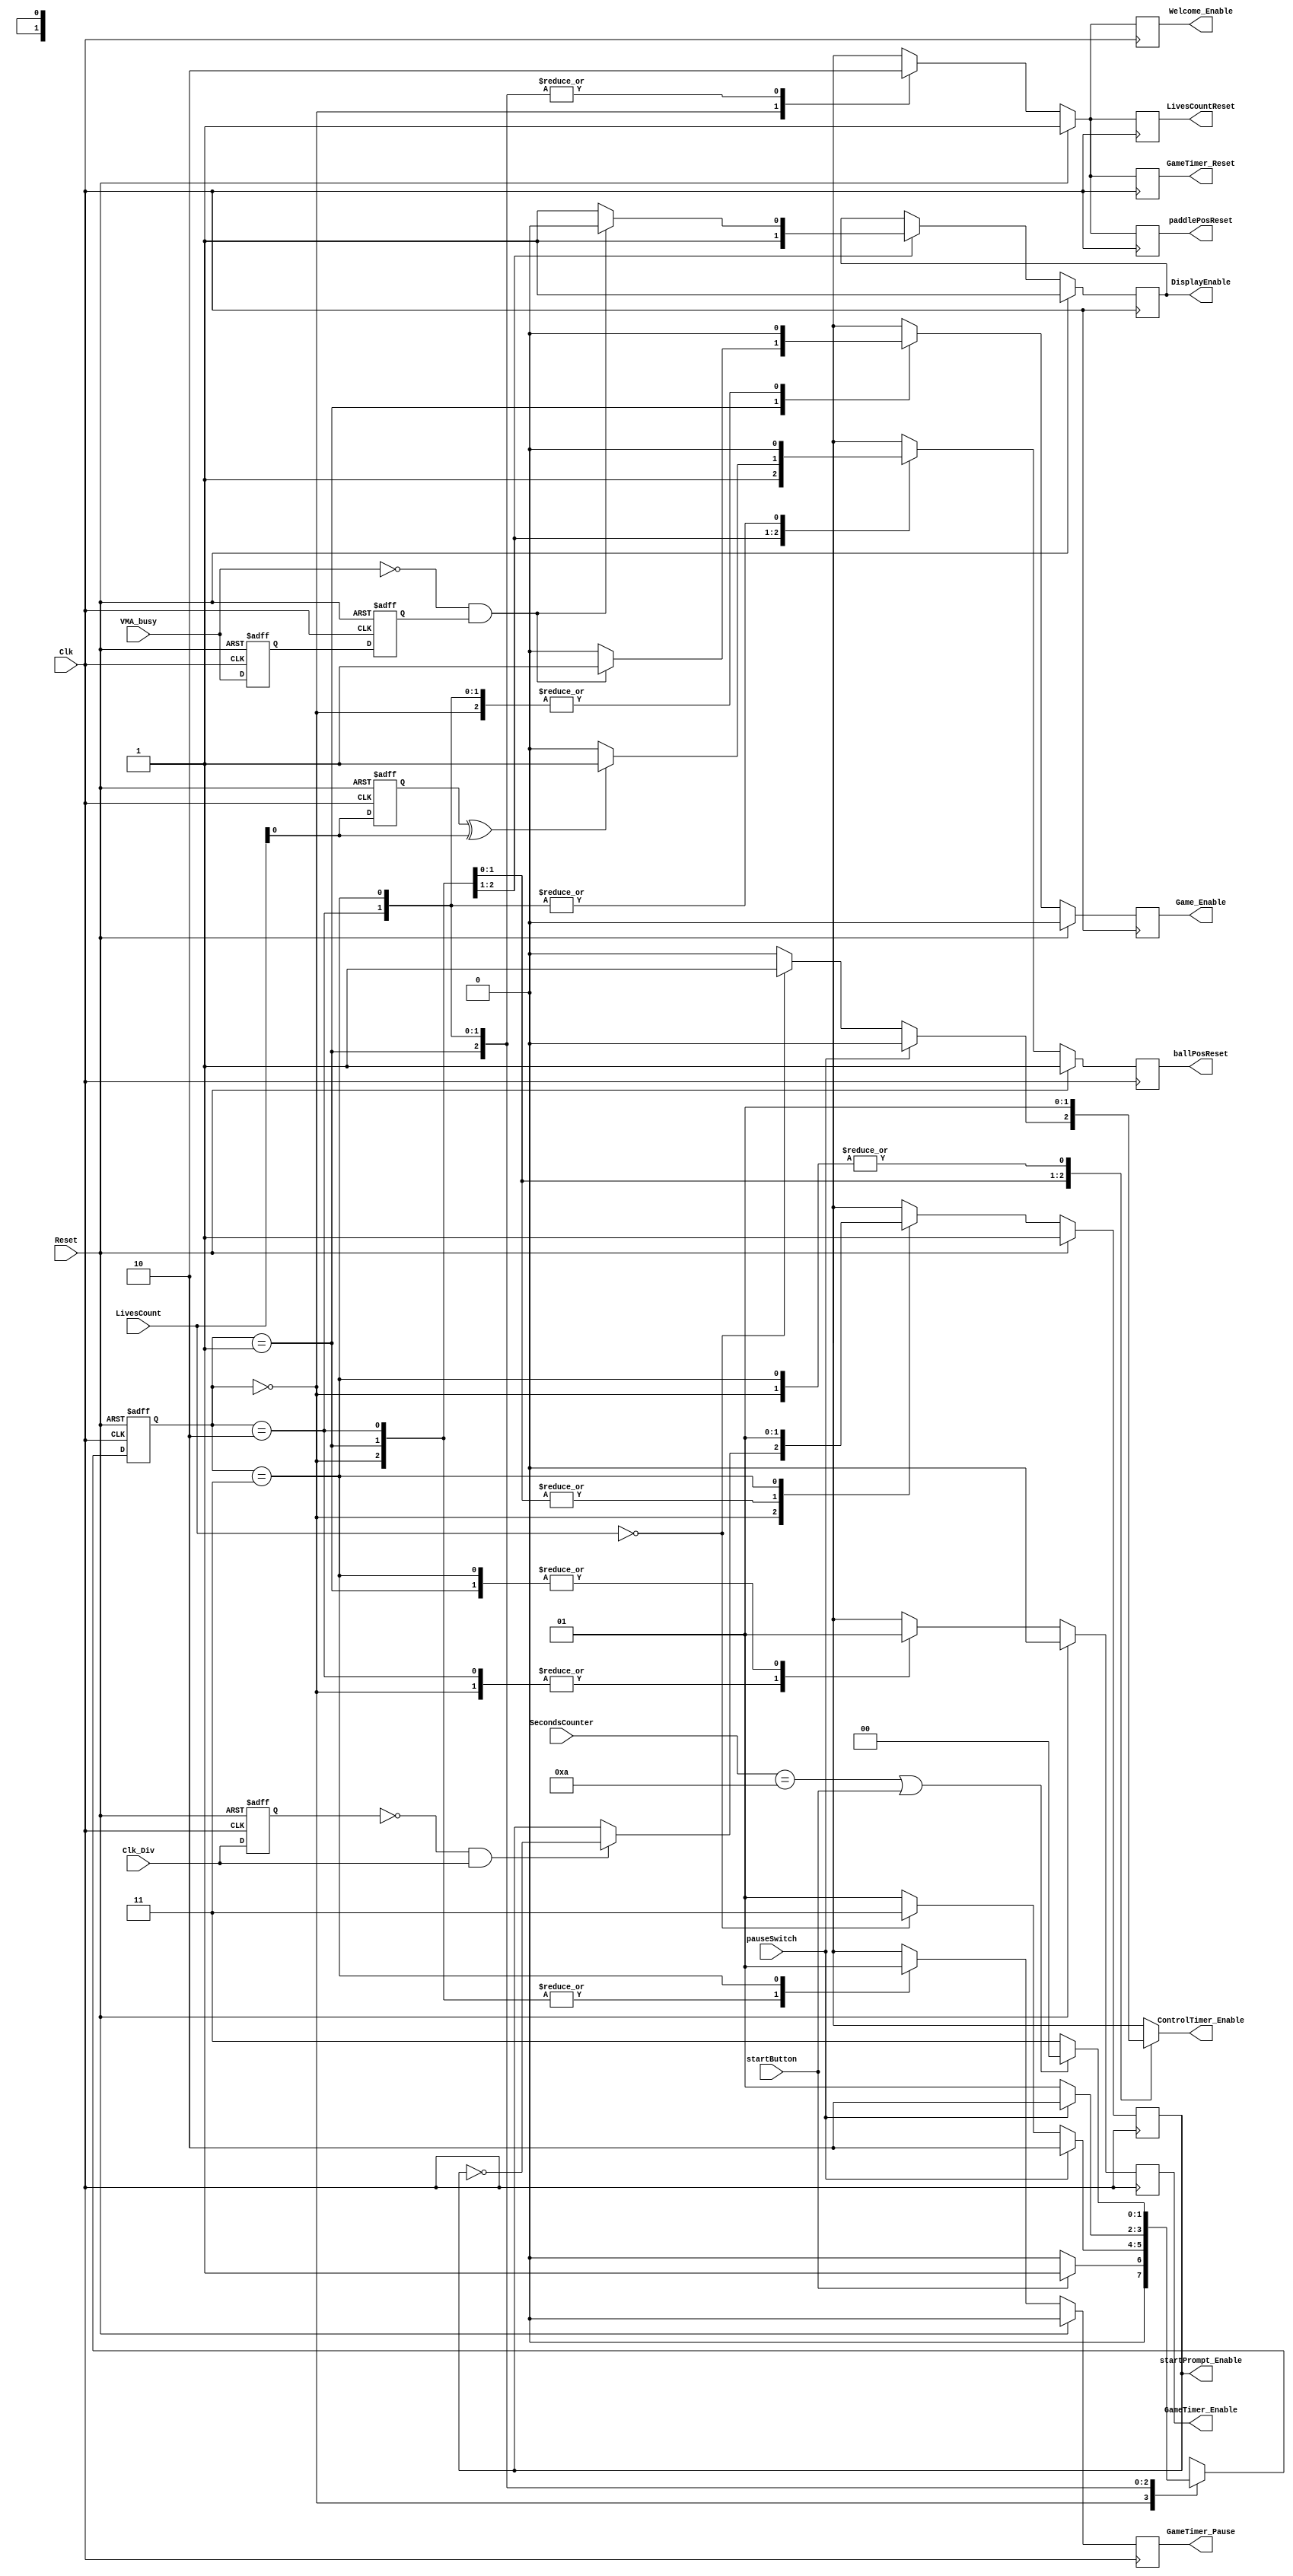
`timescale 1ns / 1ps
//////////////////////////////////////////////////////////////////////////////////
// Company: 
// Engineer: 
// 
// Design Name: 
// Module Name: Game_state
// Project Name: 
// Target Devices: 
// Tool Versions: 
// Description: 
// 
// Dependencies: 
// 
// Revision:
// Revision 0.01 - File Created
// Additional Comments:
// 
//////////////////////////////////////////////////////////////////////////////////
module GameControl (

    input           Clk,        // 100MHz
    input           Reset,
    input           VMA_busy,
    input           startButton, //pressing button starts the game
    input           pauseSwitch,
    
    input [7:0]     SecondsCounter,
    input           Clk_Div,
    
    input [1:0]     LivesCount,
    
    output reg      Welcome_Enable,
    
    output reg      ControlTimer_Enable,
    output reg      Game_Enable,      // enables game modules, collision etc
    output reg      DisplayEnable,
    output reg      GameTimer_Enable, // enables on-screen game timer
    
    output reg      GameTimer_Reset,   // reseets on-screen game timer
    output reg      GameTimer_Pause,
    output reg      ballPosReset,
    output reg      paddlePosReset,
    output reg      LivesCountReset,
    
    output reg      startPrompt_Enable
);

// ===========================================================================
//                    Parameters, Registers, and Wires    
// =========================================================================== 
    reg [1:0] FSM_State;
    reg [1:0] FSM_NextState;
    
    reg vsync_latch0;
    reg vsync_latch1;
    wire VMA_busy_negedge;
    
    reg Clk_Div_latch;
    wire Clk_Div_posedge;
    
    reg [1:0] livesCount_latch;
    wire livesCount_delta;
    
    parameter s0_idle = 0;
    parameter s1_game_running = 1;
    parameter s2_game_pause = 2;
    parameter s3_game_over = 3;
    

// ===========================================================================
//                              Implementation    
// ===========================================================================    
    initial begin
        FSM_State <= s0_idle;    
    end
    
    // negedge detector
    // used to know when to pulse Game_Enable
    always@(posedge Clk, posedge Reset) begin
        if(Reset == 1'b1) begin
            vsync_latch0 <= 0;
            vsync_latch1 <= 0;
        end
        else begin
            vsync_latch0 <= VMA_busy;
            vsync_latch1 <= vsync_latch0;
        end
    end
    assign VMA_busy_negedge = (~VMA_busy) & (vsync_latch1);
    
    // delta detector for livesCount
    always@(posedge Clk, posedge Reset) begin
        if(Reset == 1'b1) begin
            livesCount_latch <= 0;        
        end
        else begin
            livesCount_latch <= LivesCount;
        end
    end
    assign livesCount_delta = (livesCount_latch) ^  (LivesCount);
    
    // posedge detector 
    // used to flash the start prompt
    always@(posedge Clk, posedge Reset) begin
        if(Reset == 1'b1) begin
            Clk_Div_latch <= 0;
        end
        else begin
            Clk_Div_latch <= Clk_Div;
        end
    end
    assign Clk_Div_posedge = (~Clk_Div_latch) & (Clk_Div);
    
    
    // Synchronous Process for FSM_State transitions
    always@(posedge Clk, posedge Reset) begin
        if(Reset == 1'b1) begin          // *synchronous* active high reset
            FSM_State <= s0_idle;
        end
        else begin
            FSM_State <= FSM_NextState;
        end
    end
    
    // Combinatorial Process for FSM_NextState transitions
    always@* begin
        case(FSM_State)
            s0_idle: begin  // Idle state, game will prompt user to press a button to start the game
                FSM_NextState = (startButton == 1) ? s1_game_running:s0_idle;
                ControlTimer_Enable = 1; // ControlTimer is used to blink the prompt
            end
            
            s1_game_running: begin // Game is running, user is playing gaem             
                if (pauseSwitch == 1) begin // if switch is flipped to 'on'
                    FSM_NextState = s2_game_pause;  // go to pause state
                    ControlTimer_Enable = 0; // ControlTimer is disabled in this state
                end
                else if (LivesCount == 2'b0) begin // if lives drop to 0
                    FSM_NextState = s3_game_over; // go to game over state
                    ControlTimer_Enable = 1;    // enable the control timer so that we can stay in the game over state for a certain duration
                end
                else begin
                    ControlTimer_Enable = 0;    
                    FSM_NextState = s1_game_running; // else just keep running the game
                end
            end
           
            s2_game_pause: begin
                ControlTimer_Enable = 0;
                FSM_NextState = (pauseSwitch == 0) ? s1_game_running:s2_game_pause;
            end   
            
            s3_game_over: begin
                ControlTimer_Enable = 1;
                FSM_NextState = ((SecondsCounter == 10) || (startButton == 1) ) ? s0_idle:s3_game_over; // use SecondsCounter from ControlTimer to stay in game over screen for a few seconds
            end 

            default: begin
                FSM_NextState = s0_idle;
            end          
        endcase
    end
    
    // Synchronous Process to drive outputs
    always@(posedge Clk) begin
        if(Reset == 1'b1) begin
            Game_Enable <= 0;
            DisplayEnable <= 1;
            GameTimer_Enable <= 0;
            GameTimer_Reset <= 1;
            Welcome_Enable <= 1;
            startPrompt_Enable <= 1;
            ballPosReset <= 1;
            paddlePosReset <= 1;
            LivesCountReset <= 1;
            GameTimer_Pause <= 0;
        end
        else begin
            case(FSM_State)
                
                s0_idle: begin 
                    Game_Enable <= 0;       // game logic disabled
                    DisplayEnable <= 1;     // display enabled
                    GameTimer_Enable <= 0;  // on screen timer disabled
                    GameTimer_Reset <= 1;   // on screen timer reset
                    Welcome_Enable <= 1;    // welcome prompt enabled
                    startPrompt_Enable <= (Clk_Div_posedge) ? ~startPrompt_Enable:startPrompt_Enable; // start prompt flashes on and off on Clk_Div from ControlTimer
                    ballPosReset <= 1;      // reset ball position
                    paddlePosReset <= 1;    // reset paddle position
                    LivesCountReset <= 1;   // reset lives counter to 3
                    GameTimer_Pause <= 0;
                end 
                
                s1_game_running: begin
                   Game_Enable <= (VMA_busy_negedge == 1) ? 1:0;    // generates a pulse on Game_Enable once per frame
                   DisplayEnable <= (VMA_busy_negedge == 1) ? 0:1;  // don't enable display while game is enabled
                   GameTimer_Enable <= 1;           // game timer enabled because game is running
                   GameTimer_Reset <= 0;            // 
                   Welcome_Enable <= 0;             // hide the welcome text
                   startPrompt_Enable <= 0;         // hide the start prompt
                   ballPosReset <= (livesCount_delta) ? 1:0;               // dont reset the gameplay elements
                   paddlePosReset <= 0;
                   LivesCountReset <= 0;
                   GameTimer_Pause <= 0;
                end
                
                s2_game_pause: begin
                    Game_Enable <= 0;
                    GameTimer_Enable <= 0;  
                    GameTimer_Reset <= 0;  
                    Welcome_Enable <= 0;
                    startPrompt_Enable <= 0;
                    ballPosReset <= 0;
                    paddlePosReset <= 0;
                    LivesCountReset <= 0;
                    GameTimer_Pause <= 0;
                end
                
                s3_game_over: begin
                    Game_Enable <= 0;
                    GameTimer_Enable <= 1;  
                    GameTimer_Reset <= 0; 
                    Welcome_Enable <= 0;
                    startPrompt_Enable <= 1;
                    ballPosReset <= 0;
                    paddlePosReset <= 0;
                    LivesCountReset <= 0;
                    GameTimer_Pause <= 1;
                end    
            endcase
        end
    end  
    
    
    
    
endmodule